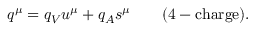
q ^ { \mu } = q _ { V } u ^ { \mu } + q _ { A } s ^ { \mu } \qquad \mathrm { ( 4 - c h a r g e ) . }